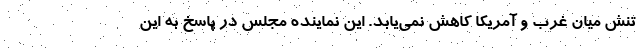
تنش میان غرب و آمریکا کاهش نمی‌یابد. این نماینده مجلس در پاسخ به این